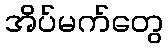
အိပ်မက်တွေ